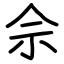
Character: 佘